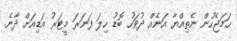
ހަމަޖެހުން ނެތިއްޔާ އަނެއް ދުވަހު ބޮޑު ހިލަ ފަނަރަ މީޓަރު އަޑިއަށް ދާނެ.